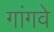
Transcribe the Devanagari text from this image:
गांगवे